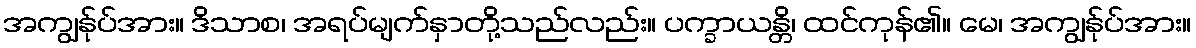
အကျွန်ုပ်အား။ ဒိသာစ၊ အရပ်မျက်နှာတို့သည်လည်း။ ပက္ခာယန္တိ၊ ထင်ကုန်၏။ မေ၊ အကျွန်ုပ်အား။